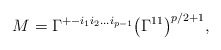
\begin{align*}M=\Gamma^{+-i_1i_2\dots i_{p-1}} \bigl(\Gamma^{11}\bigr)^{p/2+1},\end{align*}